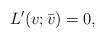
LaTeX: \begin{align*} L'(v; \bar{v}) = 0 , \end{align*}